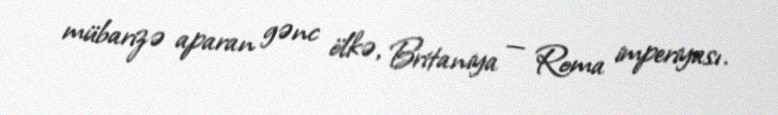
mübarizə aparan gənc ölkə, Britaniya — Roma imperiyası.